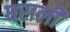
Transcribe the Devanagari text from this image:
घराली